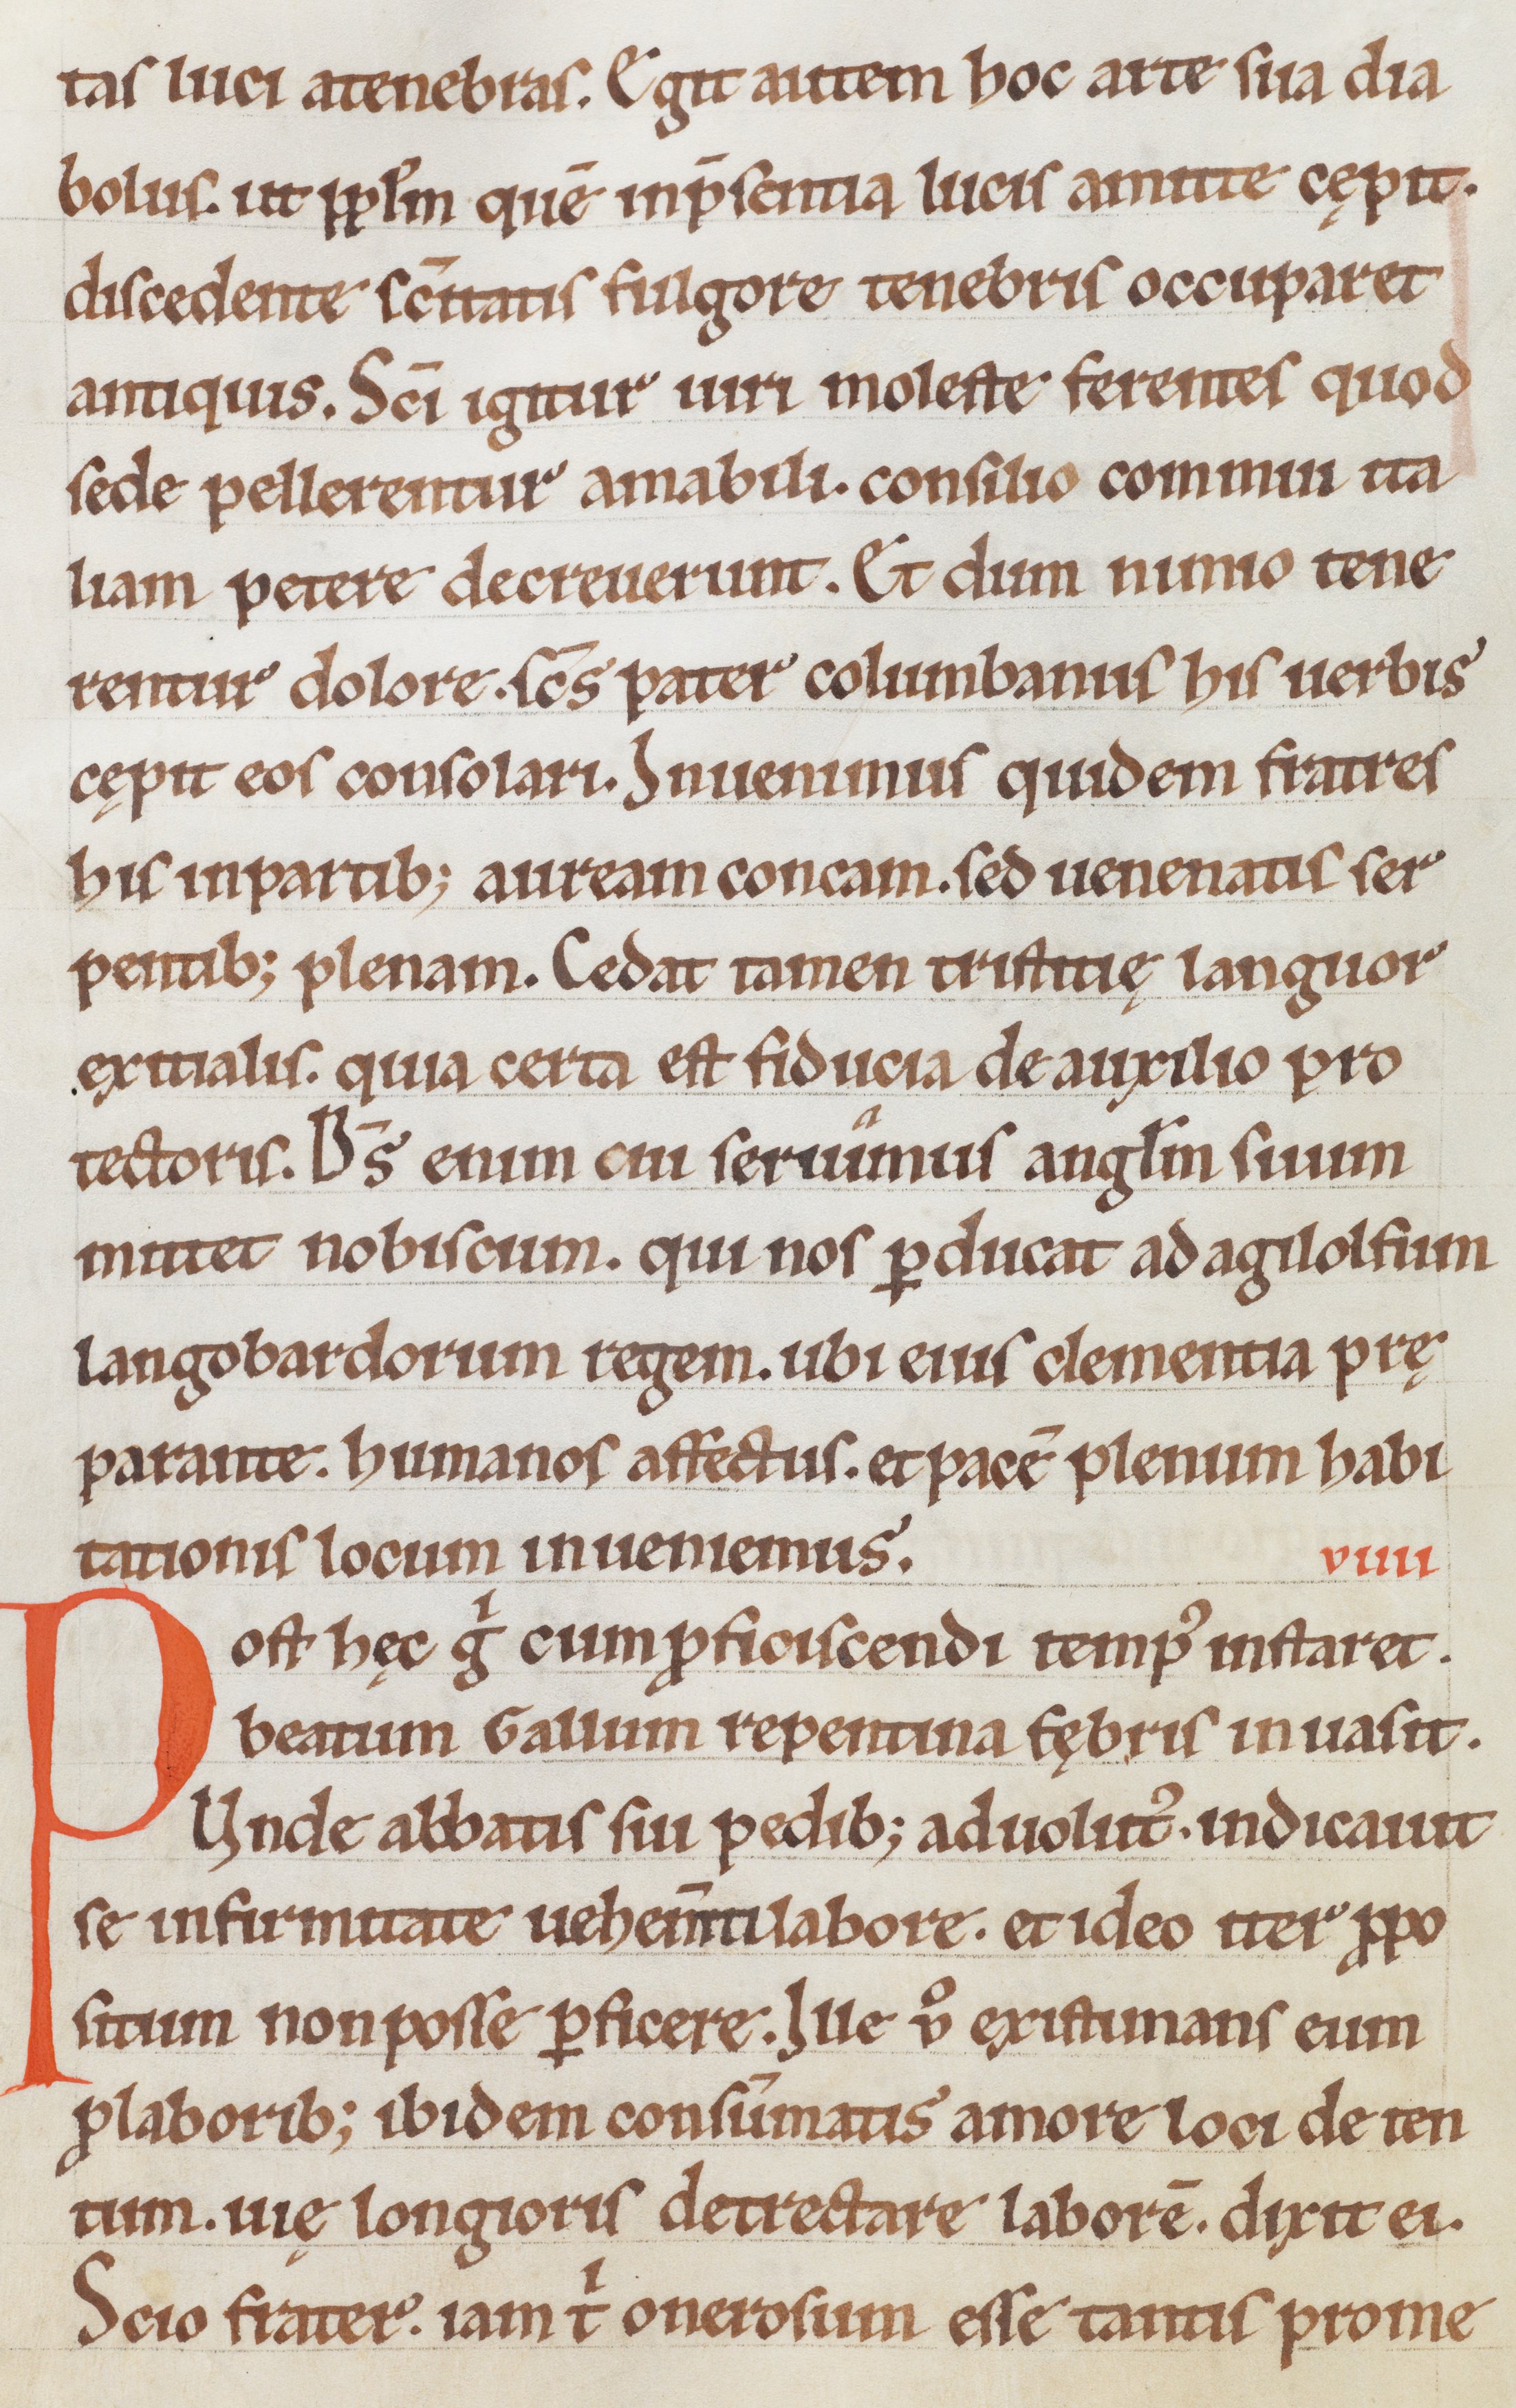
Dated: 1185–1215